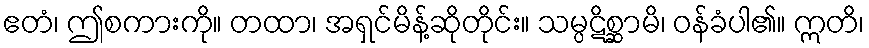
ဧတံ၊ ဤစကားကို။ တထာ၊ အရှင်မိန့်ဆိုတိုင်း။ သမ္ပဋိစ္ဆာမိ၊ ဝန်ခံပါ၏။ ဣတိ၊